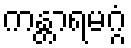
ကန္တာရမဂ္ဂံ